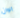
الوان